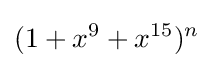
(1+x^{9}+x^{15})^{n}